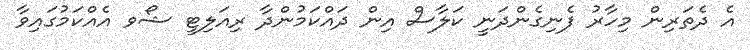
އެ ދެތަރިން މިހާރު ފެނިގެންދަނީ ކަލާސް އިން ދައްކަމުންދާ ރިއަލިޓީ ޝޯވ އެއްކަމުގައިވާ